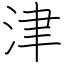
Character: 津